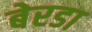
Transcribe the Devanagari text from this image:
बेरडा